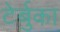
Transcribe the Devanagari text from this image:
टेर्बुका